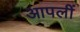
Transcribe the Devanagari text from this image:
आपलीं